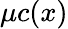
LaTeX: \mu c(x)